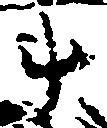
斗